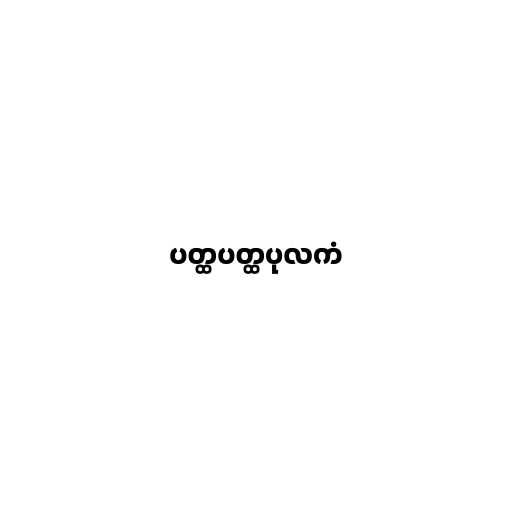
ပတ္ထပတ္ထပုလကံ